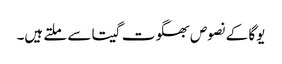
یوگا کے نصوص بھگوت گیتا سے ملتے ہیں۔